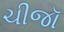
ચીજૉ